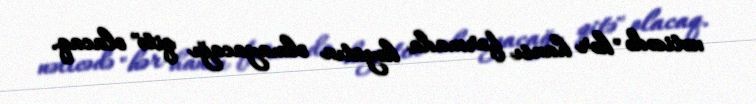
nəticədə "hər hansı formada həyatın olmayacağı qitə" olacaq.